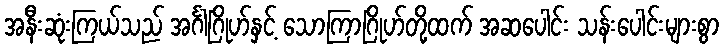
အနီးဆုံးကြယ်သည် အင်္ဂါဂြိုဟ်နှင့် သောကြာဂြိုဟ်တို့ထက် အဆပေါင်း သန်းပေါင်းများစွာ